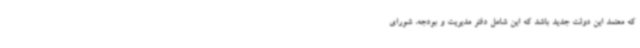
که معتمد این دولت جدید باشد که این شامل دفتر مدیریت و بودجه، شورای